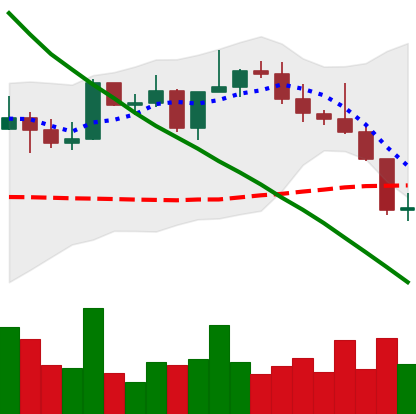
Ticker: NEO-USD
Chart end date: 2022-08-20
Forward return: 4.556%
Label: up_3_5